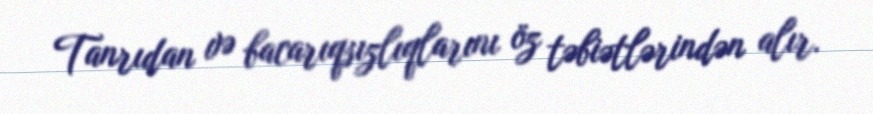
Tanrıdan və bacarıqsızlıqlarını öz təbiətlərindən alır.